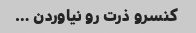
کنسرو ذرت رو نیاوردن …